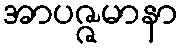
အာပဇ္ဇမာနာ